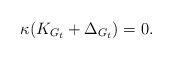
LaTeX: \begin{align*}\kappa (K_{G_t}+ \Delta_{G_t})=0 . \end{align*}